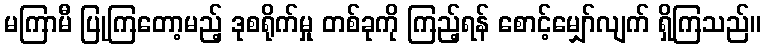
မကြာမီ ပြုကြတော့မည့် ဒုစရိုက်မှု တစ်ခုကို ကြည့်ရန် စောင့်မျှော်လျက် ရှိကြသည်။